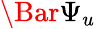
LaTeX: \Bar{\Psi}_{u}